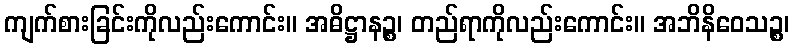
ကျက်စားခြင်းကိုလည်းကောင်း။ အဓိဋ္ဌာနဉ္စ၊ တည်ရာကိုလည်းကောင်း။ အဘိနိဝေသဉ္စ၊